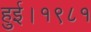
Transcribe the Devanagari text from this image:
हुई।१९८१